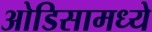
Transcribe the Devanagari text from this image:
ओडिसामध्ये